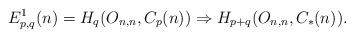
LaTeX: \begin{align*}E^{1}_{p,q}(n) &= H_{q}(O_{n,n}, C_{p}(n)) \Rightarrow H_{p+q}(O_{n,n}, C_{*}(n)) .\end{align*}